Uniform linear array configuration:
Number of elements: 4
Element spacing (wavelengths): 0.75
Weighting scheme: blackman
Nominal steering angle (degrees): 0
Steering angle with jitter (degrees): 1.039
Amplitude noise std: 0.05
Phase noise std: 0.05

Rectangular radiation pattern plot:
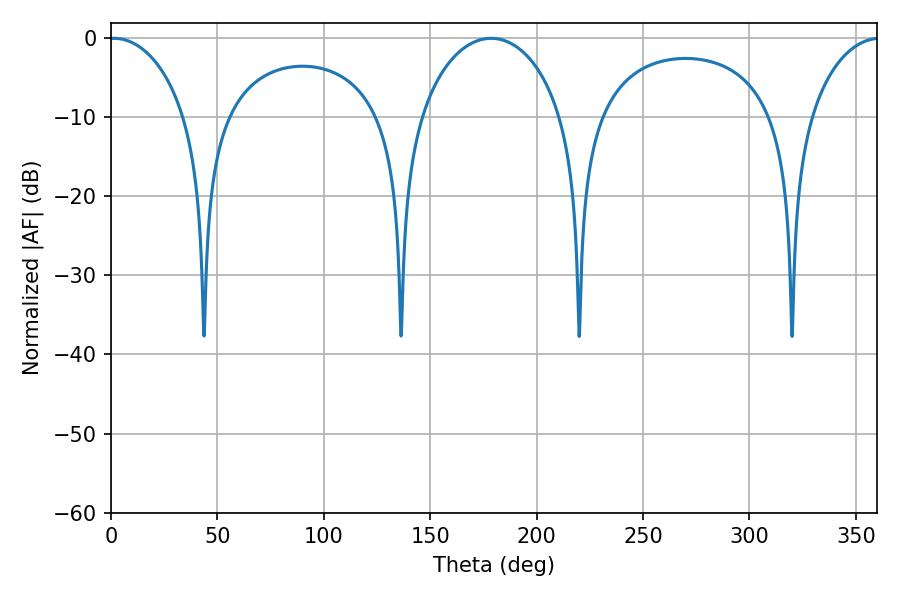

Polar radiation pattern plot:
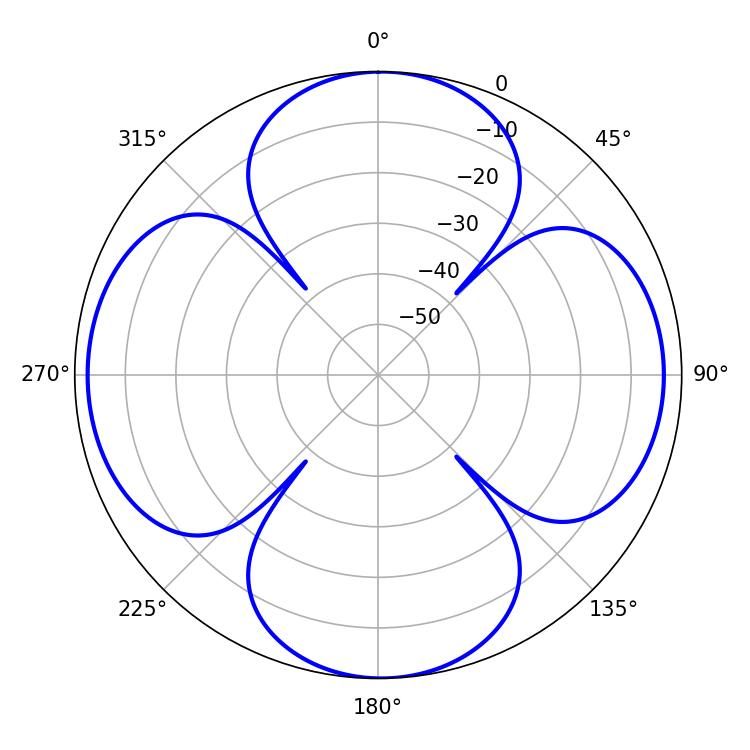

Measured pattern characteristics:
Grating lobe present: TRUE
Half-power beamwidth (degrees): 20.88
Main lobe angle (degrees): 1.44